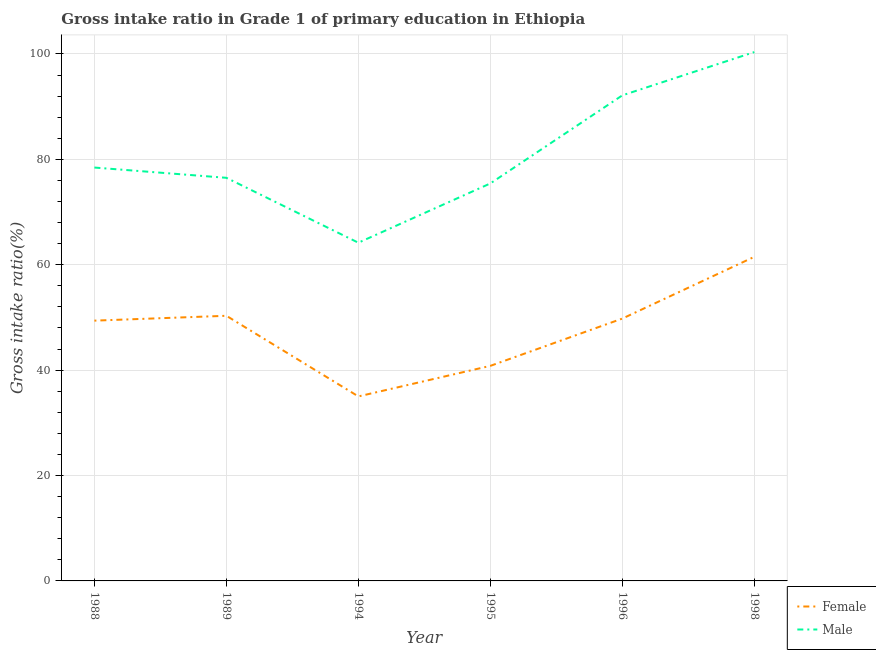
| Year | Female | Male |
 | --- | --- | --- |
 | 1988 | 49.4 | 78.4 |
 | 1989 | 50.3 | 76.5 |
 | 1994 | 35 | 64.2 |
 | 1995 | 40.8 | 75.4 |
 | 1996 | 49.8 | 92.1 |
 | 1998 | 61.5 | 100 |